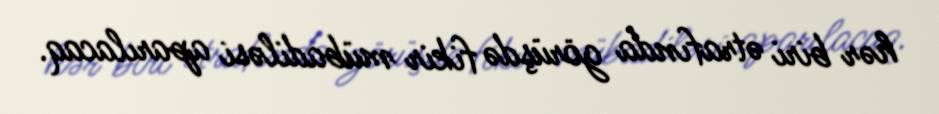
hər biri ətrafında görüşdə fikir mübadiləsi aparılacaq.